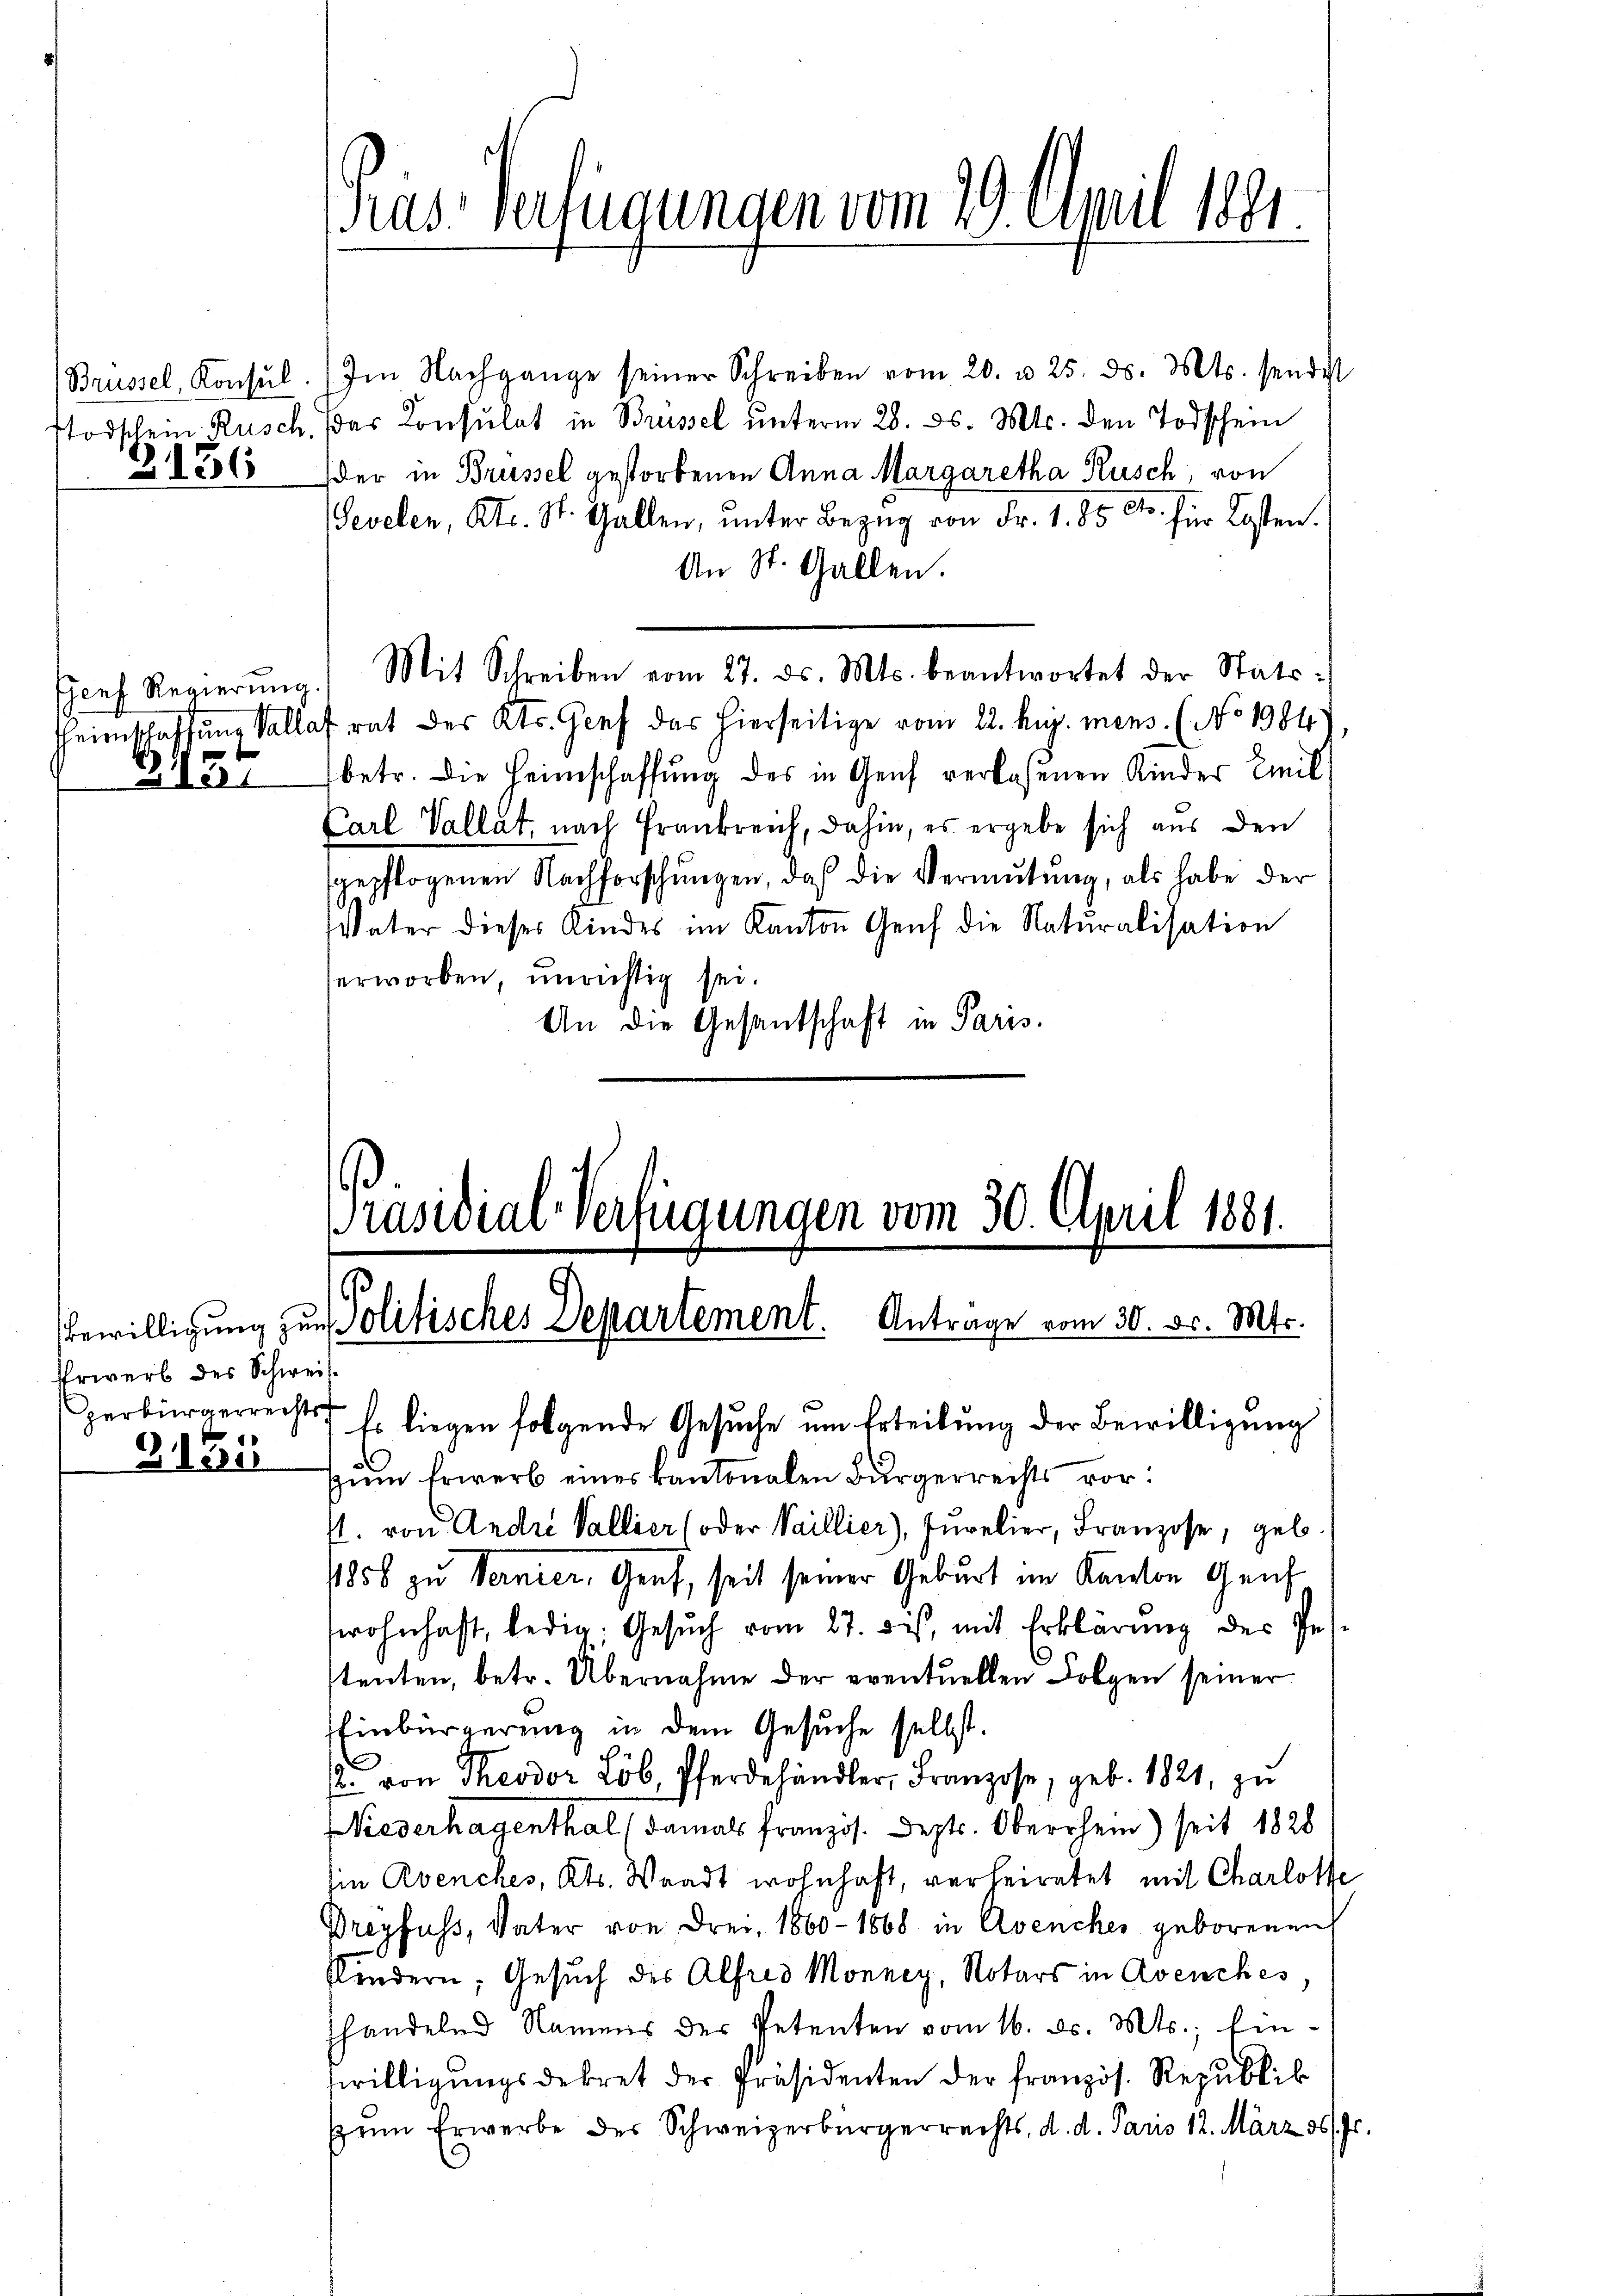
B 136

Genf Regierung.
 28

Erwerb des Schweiperbürgerrechts
3155

Pras-Verfügungen vom 29. April 1891.

Brüssel, Konsŭl. Im Nachgange seiner Schreiben vom 20. u 25. ds. Mts. sendest
stodschein Rusch. Das Consulat in Brüssel unterm 28. ds. Mts. den Todschein
der in Brüssel gestorbenen Anna Margaretha Kusch, von
Pevelen, Kts. St. Gallen, unter Bezug von Fr. 1. 85 Cts. für Kosten.
An St. Gallen.
Mit Schreiben vom 27. ds. Mts. beantwortet der Stats¬
Heimschaffung Vallofrat des Kts. Genf das hierseitige vom 22. huj. mens. (No. 1984),
betr. die Heimschaffung des in Genf verlassenen Kinder Emil
Carl Vallat, nach Frankreich, dahin, es ergebe sich aus den
sgepflogenen Nachforschungen, daß die Vermutung, als habe der
Väter dieses Kindes im Kanton Genf die Naturalisation
erworben, unrichtig sei.
An die Gesandschaft in Paris.

Präsidial-Verfügungen vom 30. April 1881.
Bewilligung zur Politisches Departement. Anträge vom 30. d. Mts.

Es liegen folgende Gesuche um Erteilung der Bewilligung
zum Erwerb eines kantonalen Bürgerrechts vor:
f. von Andri Valliers oder Vaillier), Jurelier, Franzose, geb.
1856 zu Vernier, Genf, seit seiner Geburt im Kanton Genf,
wohnhaft, ledig, Gesŭch vom 27. dis, mit Erklärŭng des Pest
stenten, betr. Übernahme der eventuellen Folgen seiner
Einbürgerung in dem Gesuche selbst.
 von Theodor Lob, Pferdehändler, Franzose, geb. 1821, zu
Niederhagenthal (damals französ. Sept. Oberrhein) seit 1828
sie Avenches, Kts. Waadt wohnhaft, verheiratet mit Charlotte
Dreyfuss, Vater von Frei, 1860 - 1868 in Avenches geborenen
Kindern, Gesuch des Alfred Monney, Notars in Avenches,
handelnd Namens der Petenten vom 16. d. Mts., Ein-
twilligungsdekret der Präsidenten der französ. Republik
zum Erwerbe des Schweizerbürgerrechts, d. d. Paris 12. März 36. fr.